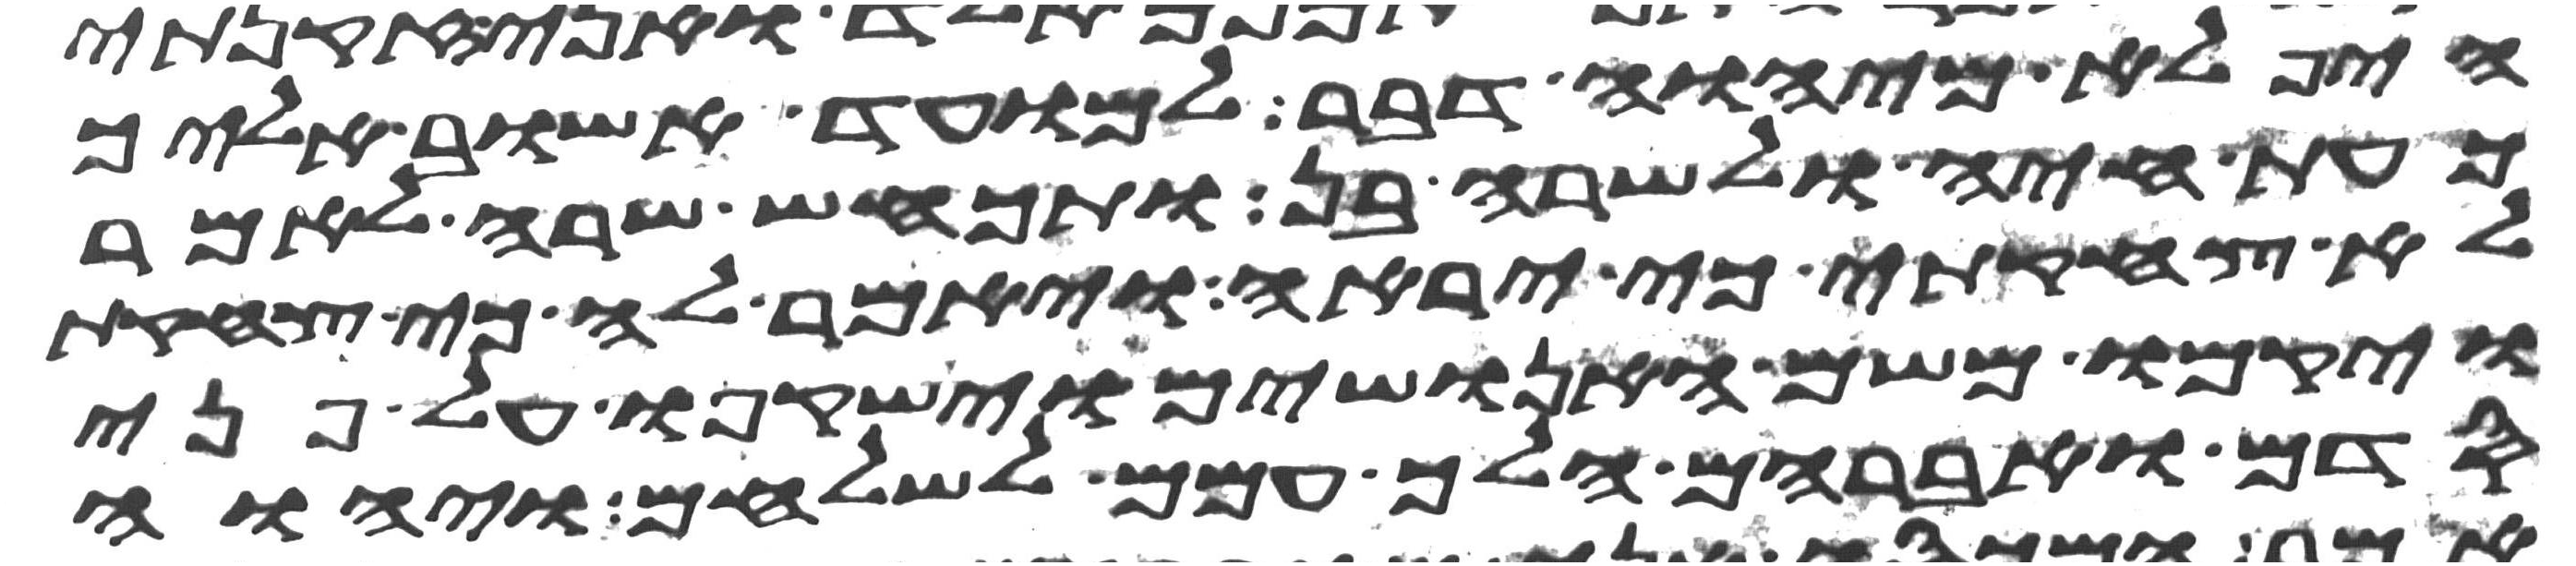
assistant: היפלא מיהוה דבר למועד אשוב אליך
כעת חיה ולשרה בן ותכחש שרה לאמר
לא צחקתי כי יראה ויאמר לה כי צחקת
ויקמו משם האנושים וישקפו על פני
סדם ואברהם הלך עמם לשלחם ויהוה